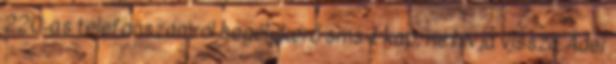
220-as telefonszámról segélykérő sms-t kap, ne hívja vissza Áder